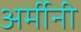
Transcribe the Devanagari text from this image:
अर्मीनी